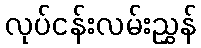
လုပ်ငန်းလမ်းညွှန်